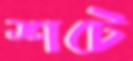
শটে